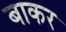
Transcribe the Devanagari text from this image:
बाकर